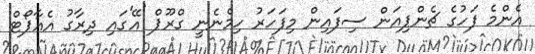
އެންމެ ފަހުގެ ޗެންޕިއަން ސިފައިން މިފަހަރު ހިމެނެނީ ގްރޫޕް 'އޭ'ގައި ދިރާގު އެއާޕޯޓް